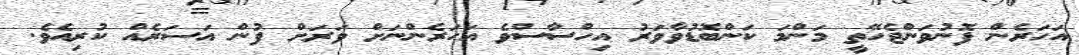
އަހަރެން ފޮނުވަންޖެހޭތީ މަންމަ ކަންބޮޑުވާވަރު އިހްސާސްވެ އަހަރެންނަށް ވަރަށް ފުން އަސަރެއް ކުރިއެވެ.